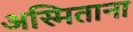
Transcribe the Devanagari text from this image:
अस्मिताना